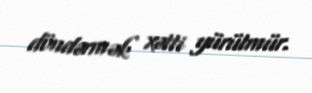
döndərmək xətti yürütmür.